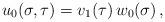
LaTeX: \begin{align*}u_0 (\sigma,\tau) = v_1(\tau) \, w_0 (\sigma)\,,\end{align*}